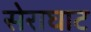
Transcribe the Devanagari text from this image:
सेराघाट